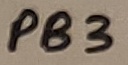
Text: PB3